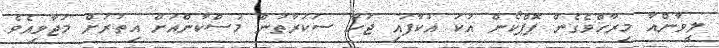
ލީވާންއާ މިރާހްވެގެން ޕޮޕްކޯން އުކަ އުކާފައި ޖަހާ ސަކަރާތުން މުސްކާންއަށް އިތުރަށް މަޖާވިއެވެ.